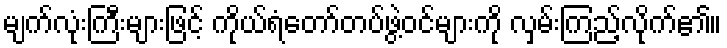
မျက်လုံးကြီးများဖြင့် ကိုယ်ရံတော်တပ်ဖွဲ့ဝင်များကို လှမ်းကြည့်လိုက်၏။